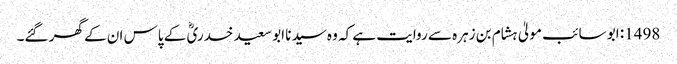
1498: ابو سائب مولیٰ ہشام بن زہرہ سے روایت ہے کہ وہ سیدنا ابو سعید خدریؓ کے پاس ان کے گھر گئے۔